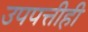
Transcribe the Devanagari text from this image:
उपपत्तीही